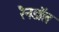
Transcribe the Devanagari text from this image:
रैनडॉल